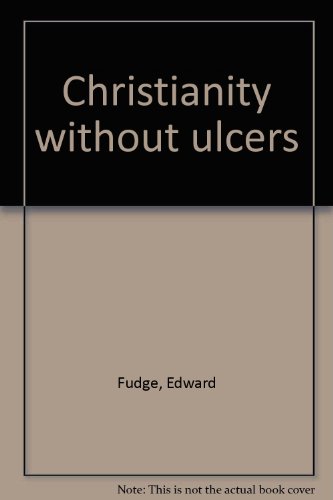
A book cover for Christianity without ulcers; Edward Fudge; Health, Fitness & Dieting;